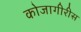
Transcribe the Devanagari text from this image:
कोजागीरीस